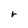
Character: r